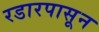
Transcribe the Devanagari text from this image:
रडारपासून